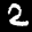
Label: 2